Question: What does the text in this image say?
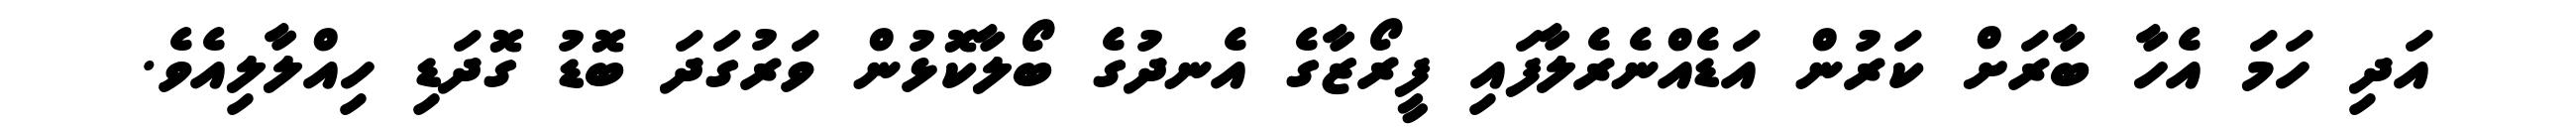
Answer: އަދި ހަމަ އެހާ ބާރަށް ކަރުން އަޑެއްނެރެލާފައި ފީރޯޒާގެ އެނދުގެ ބޯލާކޮޅުން ވަރުގަދަ ބޮޑު ގޮދަޑި ހިއްލާލިއެވެ.